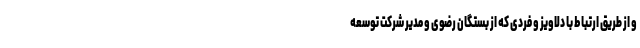
و از طریق ارتباط با دلاویز و فردی که از بستگان رضوی و مدیر شرکت توسعه